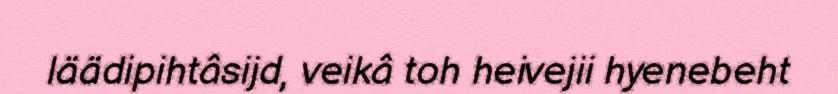
läädipihtâsijd, veikâ toh heivejii hyenebeht